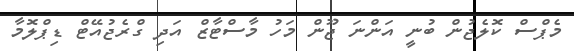
މެޕްސް ކޮލެޖުން ބުނީ އަންނަ ޖޫން މަހު މާސްޓާޒް އަދި ގްރެޖުއޭޓް ޑިޕްލޮމާ